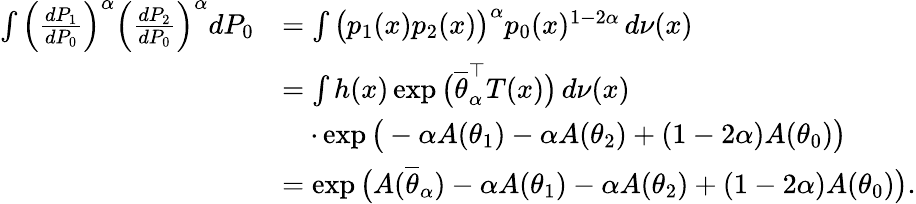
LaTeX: \begin{array}{rl}{\int\Big(\frac{dP_{1}}{dP_{0}}\Big)^{\alpha}\Big(\frac{dP_{2}}{dP_{0}}\Big)^{\alpha}dP_{0}}&{=\int\big(p_{1}(x)p_{2}(x)\big)^{\alpha}p_{0}(x)^{1-2\alpha}\, d\nu(x)}\\ &{=\int h(x)\exp\big(\overline{\theta}_{\alpha}^{\top}T(x)\big)\, d\nu(x)}\\ &{\quad\cdot\exp\big(-\alpha A(\theta_{1})-\alpha A(\theta_{2})+(1-2\alpha)A(\theta_{0})\big)}\\ &{=\exp\big(A(\overline{\theta}_{\alpha})-\alpha A(\theta_{1})-\alpha A(\theta_{2})+(1-2\alpha)A(\theta_{0})\big).}\end{array}